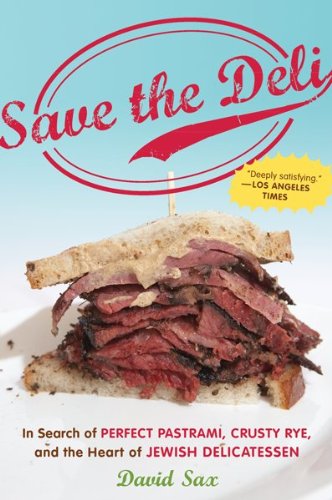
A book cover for Save the Deli: In Search of Perfect Pastrami, Crusty Rye, and the Heart of Jewish Delicatessen; David Sax; Cookbooks, Food & Wine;